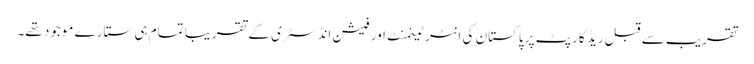
تقریب سے قبل ریڈ کارپٹ پر پاکستان کی انٹرٹینمنٹ اور فیشن انڈسٹری کے تقریبا تمام ہی ستارے موجود تھے۔